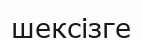
шексізге